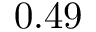
0 . 4 9